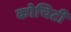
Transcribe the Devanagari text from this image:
कोचिटी